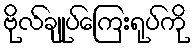
ဗိုလ်ချုပ်ကြေးရုပ်ကို